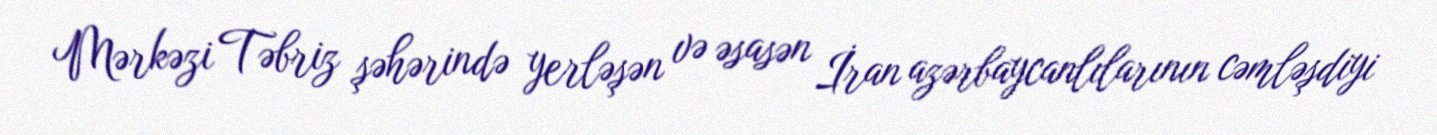
Mərkəzi Təbriz şəhərində yerləşən və əsasən İran azərbaycanlılarının cəmləşdiyi